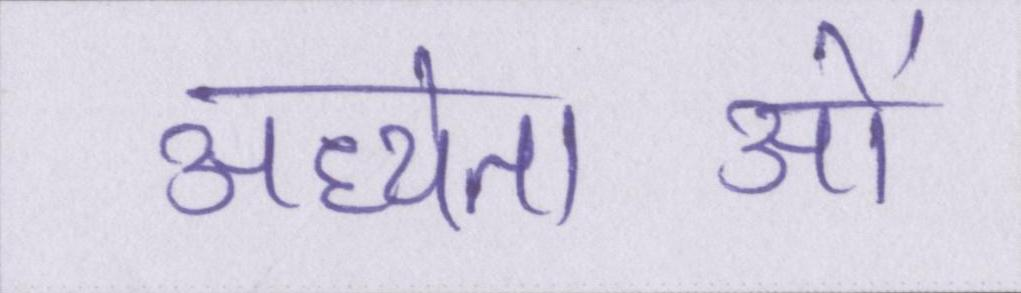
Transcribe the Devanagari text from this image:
अध्येताओं